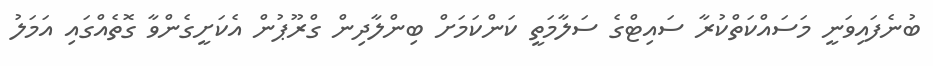
ބުނެފައިވަނީ މަސައްކަތްކުރާ ސައިޓްގެ ސަލާމަތީ ކަންކަމަށް ބިންލާދިން ގްރޫޕުން އެކަށީގެންވާ ގޮތެއްގައި އަމަލު